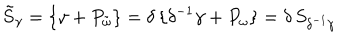
LaTeX: \tilde { S } _ { \gamma } = \{ \gamma + P _ { \tilde { \omega } } \} = \delta \, \{ \delta ^ { - 1 } \gamma + P _ { \omega } \} = \delta \, S _ { \delta ^ { - 1 } \gamma }